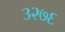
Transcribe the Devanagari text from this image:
३२७६